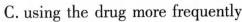
C. using the drug more frequently